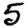
Digit: 5